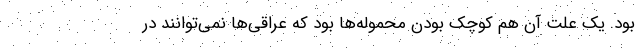
بود. یک علت آن هم کوچک بودن محموله‌ها بود که عراقی‌ها نمی‌توانند در